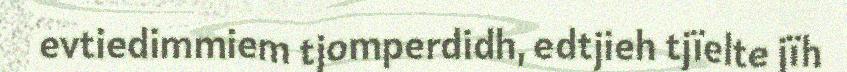
evtiedimmiem tjomperdidh, edtjieh tjïelte jïh